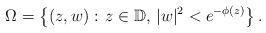
LaTeX: \begin{align*}\Omega = \left\{(z, w):\, z\in \mathbb{D},\, |w|^2 < e^{-\phi(z)}\right\}.\end{align*}